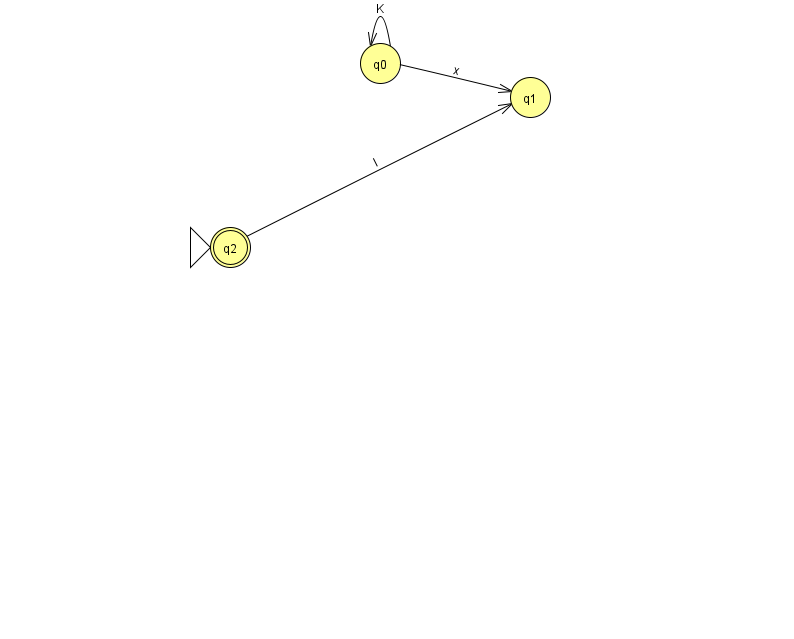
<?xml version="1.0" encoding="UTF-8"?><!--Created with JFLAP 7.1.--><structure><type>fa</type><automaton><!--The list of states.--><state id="0" name="q0"><x>380.0</x><y>50.0</y></state><state id="1" name="q1"><x>530.0</x><y>84.0</y></state><state id="2" name="q2"><x>230.0</x><y>234.0</y><initial/><final/></state><!--The list of transitions.--><transition><from>0</from><to>1</to><read>x</read></transition><transition><from>2</from><to>1</to><read>l</read></transition><transition><from>0</from><to>0</to><read>K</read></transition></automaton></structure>